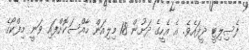
ފެސިލިޓީ ދީފައެވެ. އެ އެހީގެ ދަށުން 18 މިލިއަން ހާއްސަކޮށްފައި ވަނީ މިފްކޯގެ